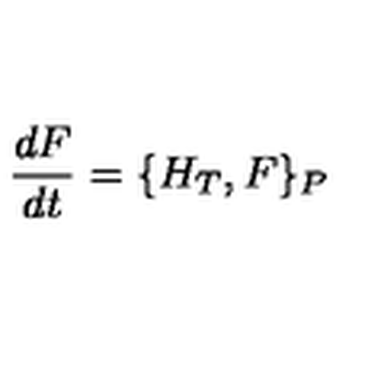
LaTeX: \displaystyle \frac { d F } { d t } = \{ H _ { T } , F \} _ { P }